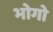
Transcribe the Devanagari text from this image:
भोगो